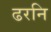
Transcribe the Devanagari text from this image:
ढरनि